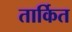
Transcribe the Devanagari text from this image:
तार्कित